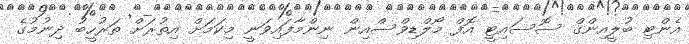
އެންޓި ބުލީއިންގް ސޮސައިޓީ އޮފް މޯލްޑިވްސްއިން ނިންމާފައިވަނީ މިކަމަށް އިތުރަށް ތަރުހީބު ދިނުމުގެ